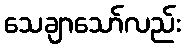
သေချာသော်လည်း